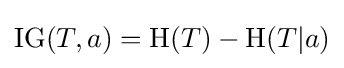
{\text{IG}}(T,a)=\mathrm {H} {(T)}-\mathrm {H} {(T|a)}